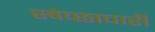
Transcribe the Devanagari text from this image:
स्‍वेच्‍छाचारी